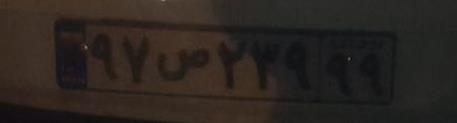
۹۷ص۲۳۹۹۹